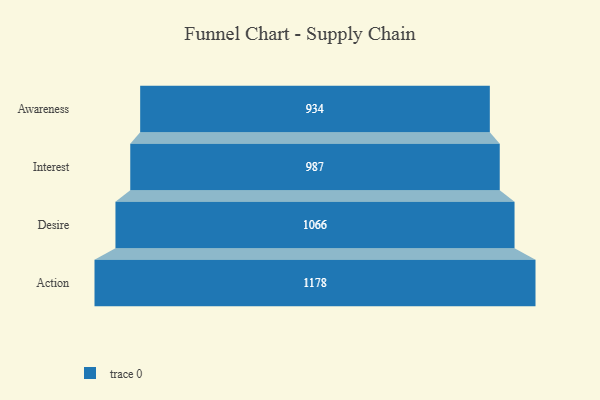
{"axis": {"x": "Stage", "y": "Value"}, "legend": [""], "data": [{"x": "Awareness", "y": 934.0, "type": ""}, {"x": "Interest", "y": 987.0, "type": ""}, {"x": "Desire", "y": 1066.0, "type": ""}, {"x": "Action", "y": 1178.0, "type": ""}]}